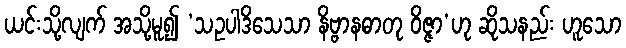
ယင်းသို့လျက် အသို့မူ၍ ‘သဥပါဒိသေသာ နိဗ္ဗာနဓာတု ဝိဇ္ဇာ’ဟု ဆိုသနည်း ဟူသော